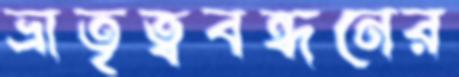
ভ্রাতৃত্ববন্ধনের